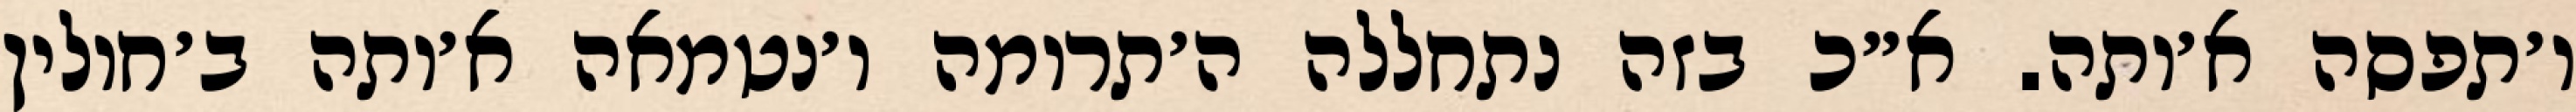
ו׳תפסה א׳ותה. א״כ בזה נתחללה ה׳תרומה ו׳נטמאה א׳ותה ב׳חולין